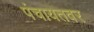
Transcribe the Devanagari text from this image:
पंचायतवर